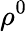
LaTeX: \rho^{0}